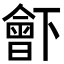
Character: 𣍋